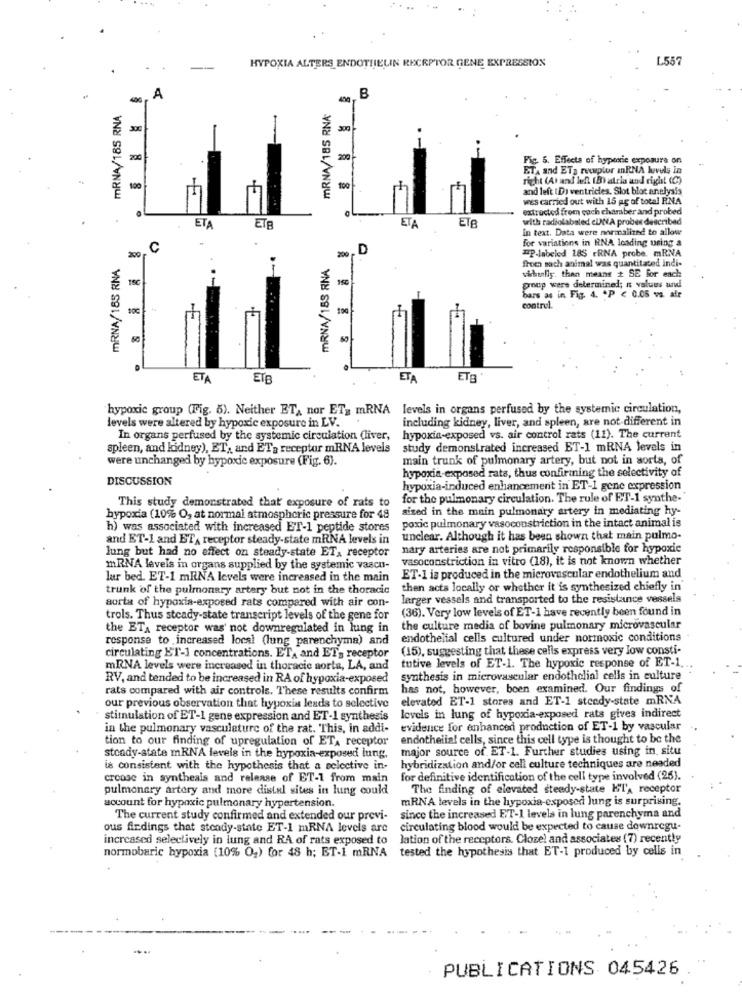
HYPOXIA ALTERS ENDOTHELIN RECEPTOR GENE EXPRESSION
L557
A
B
MRNA/185 RNA
MRNA/185 RNA
300-
200
200
Fig. 5. Effects of hypoxic exposure on
ETA and ETa recapplor mnRNA levels in
right (A) and left (B) atria and right (C)
100
100
and left (D) ventricles. Slot blot anelysis
wes carried out with 15 ag of total RNA
extracted from coch chamber and probed
with radiolabaled cUNA probes described
ETA
ET
ETA
ETE
In text. Data were normalized to allow
for variations in RNA loading using a
C
200
D
#P-Inbeled 185 ERNA probe. mRNA
mRNA/185 RNA
200
MRNA/18S RNA
froci sach animal was quantitated indi-
150
sichtaliy. then means + SE for each
poup were determined; n values und
150
bars as in Fig. 4. * P < 0.05 va. air
control.
ETA
ETB
ETA
ETE
hypoxic group (Fig. 5). Neither ET, nor ET_ mRNA levels in organs perfused by the systemic circulation,
levels were altered by hypoxic exposure in LV.
including kidney, liver, and spleen, are not different in
In organs perfused by the systemic circulation (liver,
hypoxia-exposed vs. air control rats (11). The current
spleen, and kidney), ET, and ETa receptor mRNA levels
study demonstrated increased ET-1 mRNA levels in
were unchanged by hypoxic exposure (Fig. 6).
main trunk of pulmonary artery, but not in aorta, of
DISCUSSION
hypoxia-exposed rata, thus confirmning the selectivity of
hypoxia-induced enhancement in ET-1 gene expression
for the pulmonary circulation. The rule of ET-1 synthe-"
This study demonstrated that exposure of rats to
sized in the main pulmonary artery in mediating hy-
hypoxia (10% O, at normal atmospheric pressure for 48
poxic pulmonary vasoconstriction in the intact animal is
h) was associated with increased ET-1 peptide stores
and ET-1 and ETA receptor steady-state mRNA levels in
unclear. Although it has been shown that main pulmo-
nary arteries are not primarily responsible for hypoxic
lung but had no effect on steady-state ET, receptor
vasoconstriction in vitro (18), it is not known whether
mRNA levels in organs supplied by the systemic vascu-
lur bed. ET-1 mRNA levels were increased in the main
ET-1 is produced in the microvascular endothelium and
trunk of the pulmonary artery but not in the thoracic
then acts locally or whether it is synthesized chiefly in
aurta of hypoxia-exposed rats compared with air con-
larger vessels and transported to the resistance vessels
(36). Very low levels of ET-1 have recently been found in
trols. Thus steady-state transcript levels of the gene for
the ETA receptor was' not downregulated in lung in
the culture media of bovine pulmonary microvascular
response to increased local (lung parenchyma) and
endothelial cells cultured under normoxic conditions
(15), suggesting that these calis express very low consti-
circulating ET-1 concentrations. ET, and ET's receptor
tutive levels of ET-1. The hypoxic response of ET-1 ..
mRNA levels were increased in thoracic aorta, LA, and
RV, and tended to be increased in RA of hypoxia-exposed
synthesis in microvascular endothelial cells in culture
rats compared with air controls. These results confirm
has not, however, boen examined. Our findings of
elevated ET-1 stores and ET-1 steady-state mRNA
our previous observation that hypoxia leads to selective
stimulation of ET-1 gene expression and ET-1 synthesis
levels in lung of hypoxia-exposed rats gives indirect
in the pulmonary vasculature of the rat. This, in addi-
evidence for enhanced production of ET-1 by vascular
tion to our finding of upregulation of ET, receptor endothelial cells, since this cell type is thought to be the
major source of ET-1. Further studies using in situ
steady-state mRNA levels in the hypoxia-exposed lung,
is consistent with the hypothesis that a selective in-
hybridization and/or cell culture techniques are neaded
creose in synthesis and release of ET-1 from main
for definitive identification of the cell type involved (25).
pulmonary artery and more distal sites in lung couk
The finding of elevated steady-state Hl's receptor
mRNA levels in the hypoxia-exposed lung is surprising.
account for hypoxic pulmonary hypertension.
The current study confirmed and extended our previ-
since the increased ET-1 levels in lung parenchyma and
ous firdings that steady-state ET-1 mRNA levels are
circulating blood would be expected to cause downregu-
increased selectively in lung and RA of rats exposed to
lation of the receptors. Cloze! and associates (7) recently
normobaric hypoxia (10% 04) for 48 h; ET-1 mRNA tested the hypothesis that ET-I produced by cells in
PUBLICATIONS 045426